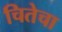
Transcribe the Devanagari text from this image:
चितेचा